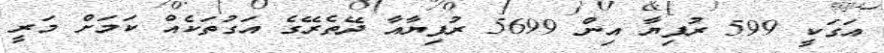
އަގަކީ 599 ރުފިޔާ އިން 5699 ރުފިޔާއާ ދޭތެރޭގެ އަގުތަކެއް ކަމަށް މަރީ